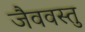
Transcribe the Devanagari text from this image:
जैववस्तु